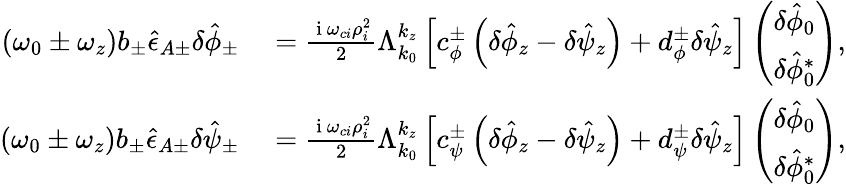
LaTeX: \begin{array}{rl}{\left(\omega_{0}\pm\omega_{z}\right)b_{\pm}\hat{\epsilon}_{A\pm}\delta\hat{\phi}_{\pm}}&{{}=\frac{\mathrm{~i~}\omega_{ci}\rho_{i}^{2}}{2}\Lambda_{k_{0}}^{k_{z}}\left[c_{\phi}^{\pm}\left(\delta\hat{\phi}_{z}-\delta\hat{\psi}_{z}\right)+d_{\phi}^{\pm}\delta\hat{\psi}_{z}\right]\left(\begin{array}{c}{\delta\hat{\phi}_{0}}\\ {\delta\hat{\phi}_{0}^{*}}\end{array}\right),}\\ {\left(\omega_{0}\pm\omega_{z}\right)b_{\pm}\hat{\epsilon}_{A\pm}\delta\hat{\psi}_{\pm}}&{{}=\frac{\mathrm{~i~}\omega_{ci}\rho_{i}^{2}}{2}\Lambda_{k_{0}}^{k_{z}}\left[c_{\psi}^{\pm}\left(\delta\hat{\phi}_{z}-\delta\hat{\psi}_{z}\right)+d_{\psi}^{\pm}\delta\hat{\psi}_{z}\right]\left(\begin{array}{c}{\delta\hat{\phi}_{0}}\\ {\delta\hat{\phi}_{0}^{*}}\end{array}\right),}\end{array}